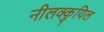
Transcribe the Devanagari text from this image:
नीलक्कुयिल